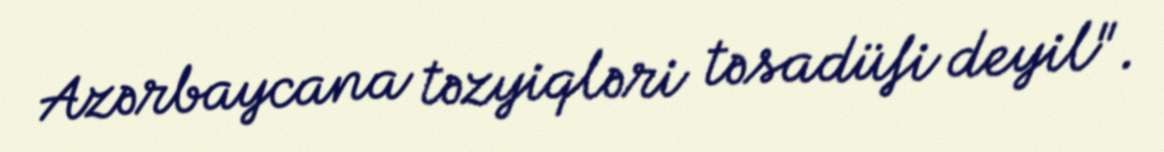
Azərbaycana təzyiqləri təsadüfi deyil".